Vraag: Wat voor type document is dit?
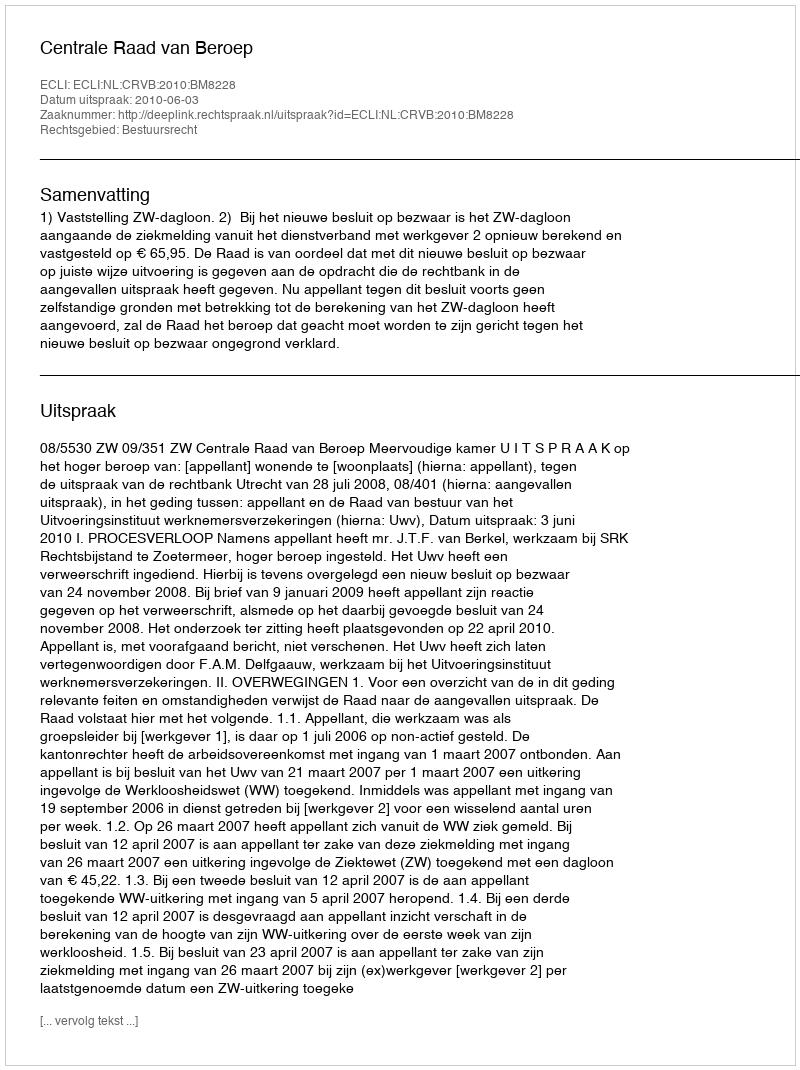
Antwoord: Uitspraak